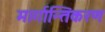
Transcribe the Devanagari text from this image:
मार्गान्तिकरण